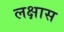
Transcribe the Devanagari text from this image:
लक्षास